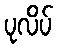
ပုလိပ်